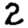
Digit: 2